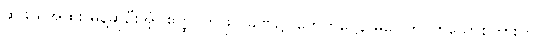
ဆိုဖွယ်အထူး မိန့်ဆိုဦးအံ့။ ဧတ္ထ၊ ဤဖိုလ်ခဏ၌။ ဟေတုဋ္ဌေန မဂ္ဂေါတိ၊ ဟူသောစကားကို။